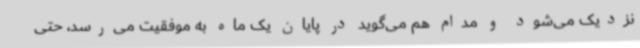
نزدیک می‌شود و مدام هم می‌گوید در پایان یک ماه به موفقیت می‌رسد، حتی